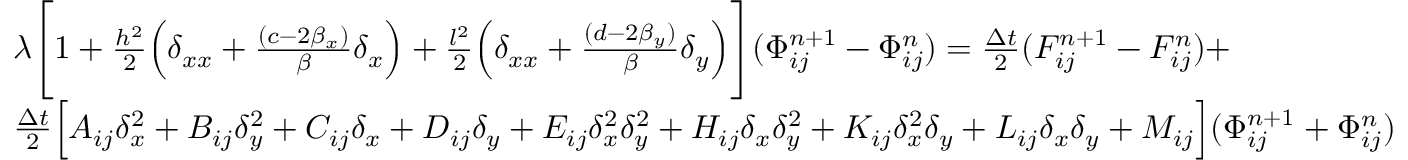
\begin{array} { r l } & { \lambda \Bigg [ 1 + \frac { h ^ { 2 } } { 2 } \Big ( \delta _ { x x } + \frac { ( c - 2 \beta _ { x } ) } { \beta } \delta _ { x } \Big ) + \frac { l ^ { 2 } } { 2 } \Big ( \delta _ { x x } + \frac { ( d - 2 \beta _ { y } ) } { \beta } \delta _ { y } \Big ) \Bigg ] ( \Phi _ { i j } ^ { n + 1 } - \Phi _ { i j } ^ { n } ) = \frac { \Delta t } { 2 } ( F _ { i j } ^ { n + 1 } - F _ { i j } ^ { n } ) + } \\ & { \frac { \Delta t } { 2 } \Big [ A _ { i j } \delta _ { x } ^ { 2 } + B _ { i j } \delta _ { y } ^ { 2 } + C _ { i j } \delta _ { x } + D _ { i j } \delta _ { y } + E _ { i j } \delta _ { x } ^ { 2 } \delta _ { y } ^ { 2 } + H _ { i j } \delta _ { x } \delta _ { y } ^ { 2 } + K _ { i j } \delta _ { x } ^ { 2 } \delta _ { y } + L _ { i j } \delta _ { x } \delta _ { y } + M _ { i j } \Big ] ( \Phi _ { i j } ^ { n + 1 } + \Phi _ { i j } ^ { n } ) } \end{array}